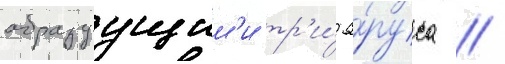
образуущим'и тр'и́ я́руса //